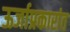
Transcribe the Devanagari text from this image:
ऊर्जाप्रकारांत